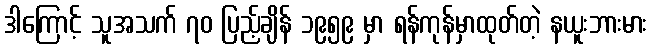
ဒါကြောင့် သူအသက် ၇၀ ပြည့်ချိန် ၁၉၅၉ မှာ ရန်ကုန်မှာထုတ်တဲ့ နယူးဘားမား